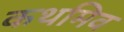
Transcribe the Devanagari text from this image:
कथमिव